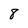
Character: 8